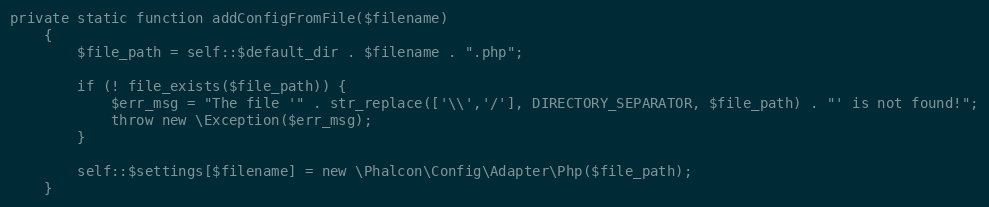
Language: PHP
private static function addConfigFromFile($filename)
    {
        $file_path = self::$default_dir . $filename . ".php";

        if (! file_exists($file_path)) {
            $err_msg = "The file '" . str_replace(['\\','/'], DIRECTORY_SEPARATOR, $file_path) . "' is not found!";
            throw new \Exception($err_msg);
        }

        self::$settings[$filename] = new \Phalcon\Config\Adapter\Php($file_path);
    }